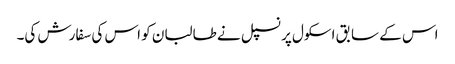
اس کے سابق اسکول پرنسپل نے طالبان کو اس کی سفارش کی۔